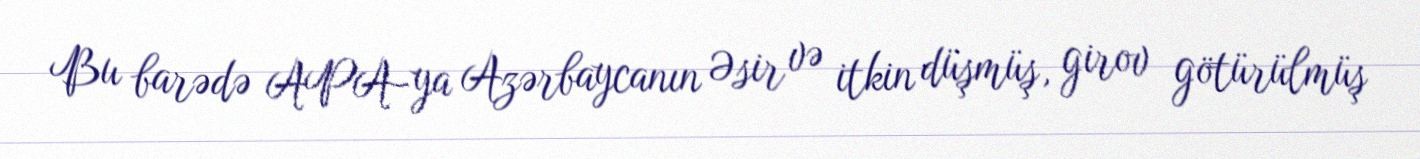
Bu barədə APA-ya Azərbaycanın Əsir və itkin düşmüş, girov götürülmüş